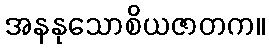
အနနုသောစိယဇာတက။